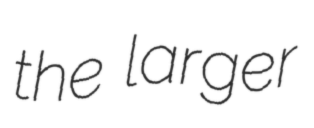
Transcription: the larger